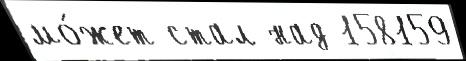
мо́жет стал над 158159